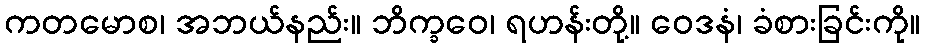
ကတမောစ၊ အဘယ်နည်း။ ဘိက္ခဝေ၊ ရဟန်းတို့။ ဝေဒနံ၊ ခံစားခြင်းကို။